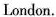
London.